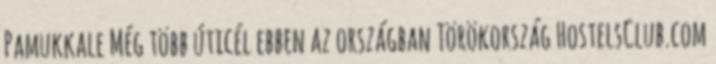
Pamukkale Még több úticél ebben az országban Törökország HostelsClub.com